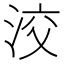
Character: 洨